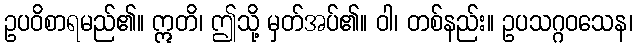
ဥပဝိစာရမည်၏။ ဣတိ၊ ဤသို့ မှတ်အပ်၏။ ဝါ၊ တစ်နည်း။ ဥပသဂ္ဂဝသေန၊